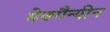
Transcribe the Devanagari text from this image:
मेक्गैन्यीन